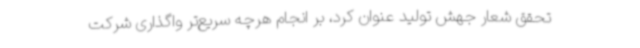
تحقق شعار جهش تولید عنوان کرد، بر انجام هرچه سریع‌تر واگذاری شرکت